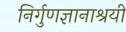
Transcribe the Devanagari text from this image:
निर्गुणज्ञानाश्रयी